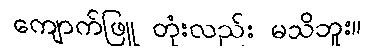
ကျောက်ဖြူ တုံးလည်း မသိဘူး။